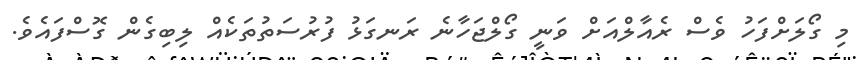
މި ގޯލަށްފަހު ވެސް ރެއާލްއަށް ވަނީ ގޯލްޖަހާނެ ރަނގަޅު ފުރުސަތުތަކެއް ލިބިގެން ގޮސްފައެވެ.